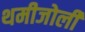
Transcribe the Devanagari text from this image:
थमीजोली